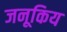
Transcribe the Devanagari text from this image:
जनूकिय